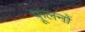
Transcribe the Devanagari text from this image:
फूलनों